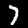
Label: 7